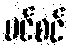
ပင်စင်